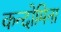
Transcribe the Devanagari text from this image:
कन्दोमिना